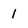
Character: 1